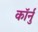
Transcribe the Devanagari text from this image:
कॉर्नु